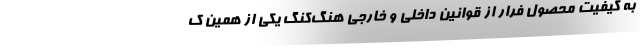
به کیفیت محصول فرار از قوانین داخلی و خارجی هنگ‌کنگ یکی از همین ک